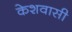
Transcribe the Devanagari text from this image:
केशवासी